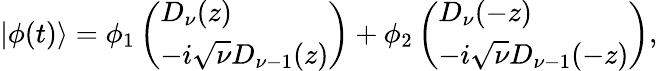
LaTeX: |\phi(t)\rangle=\phi_{1}\left(\begin{array}{l}{D_{\nu}(z)}\\ {-i\sqrt{\nu}D_{\nu-1}(z)}\end{array}\right)+\phi_{2}\left(\begin{array}{l}{D_{\nu}(-z)}\\ {-i\sqrt{\nu}D_{\nu-1}(-z)}\end{array}\right),